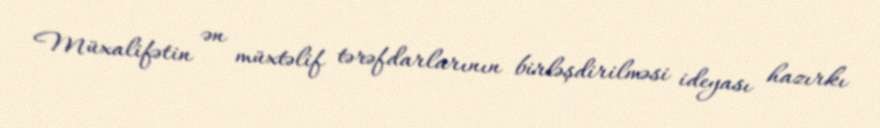
Müxalifətin ən müxtəlif tərəfdarlarının birləşdirilməsi ideyası hazırkı